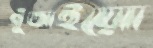
গুঁতাইয়ো